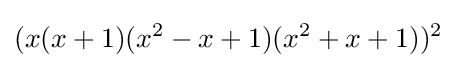
(x(x+1)(x^{2}-x+1)(x^{2}+x+1))^{2}